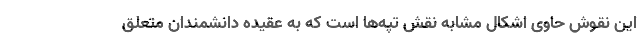
این نقوش حاوی اشکال مشابه نقش تپه‌ها است که به عقیده دانشمندان متعلق